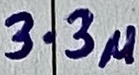
Text: 3.3u